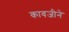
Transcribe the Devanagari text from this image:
कावजीने